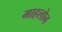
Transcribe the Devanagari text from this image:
माहलोन